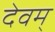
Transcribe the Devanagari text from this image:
देवम्